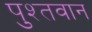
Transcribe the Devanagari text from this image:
पुश्तवान